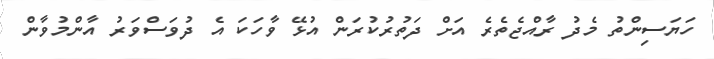
ހަޔަސިންތު މެދު ރާއްޖެތެރެ އަށް ދަތުރުކުރަން އުޅޭ ވާހަކަ އެ ދުވަސްވަރު އާންމުވާން